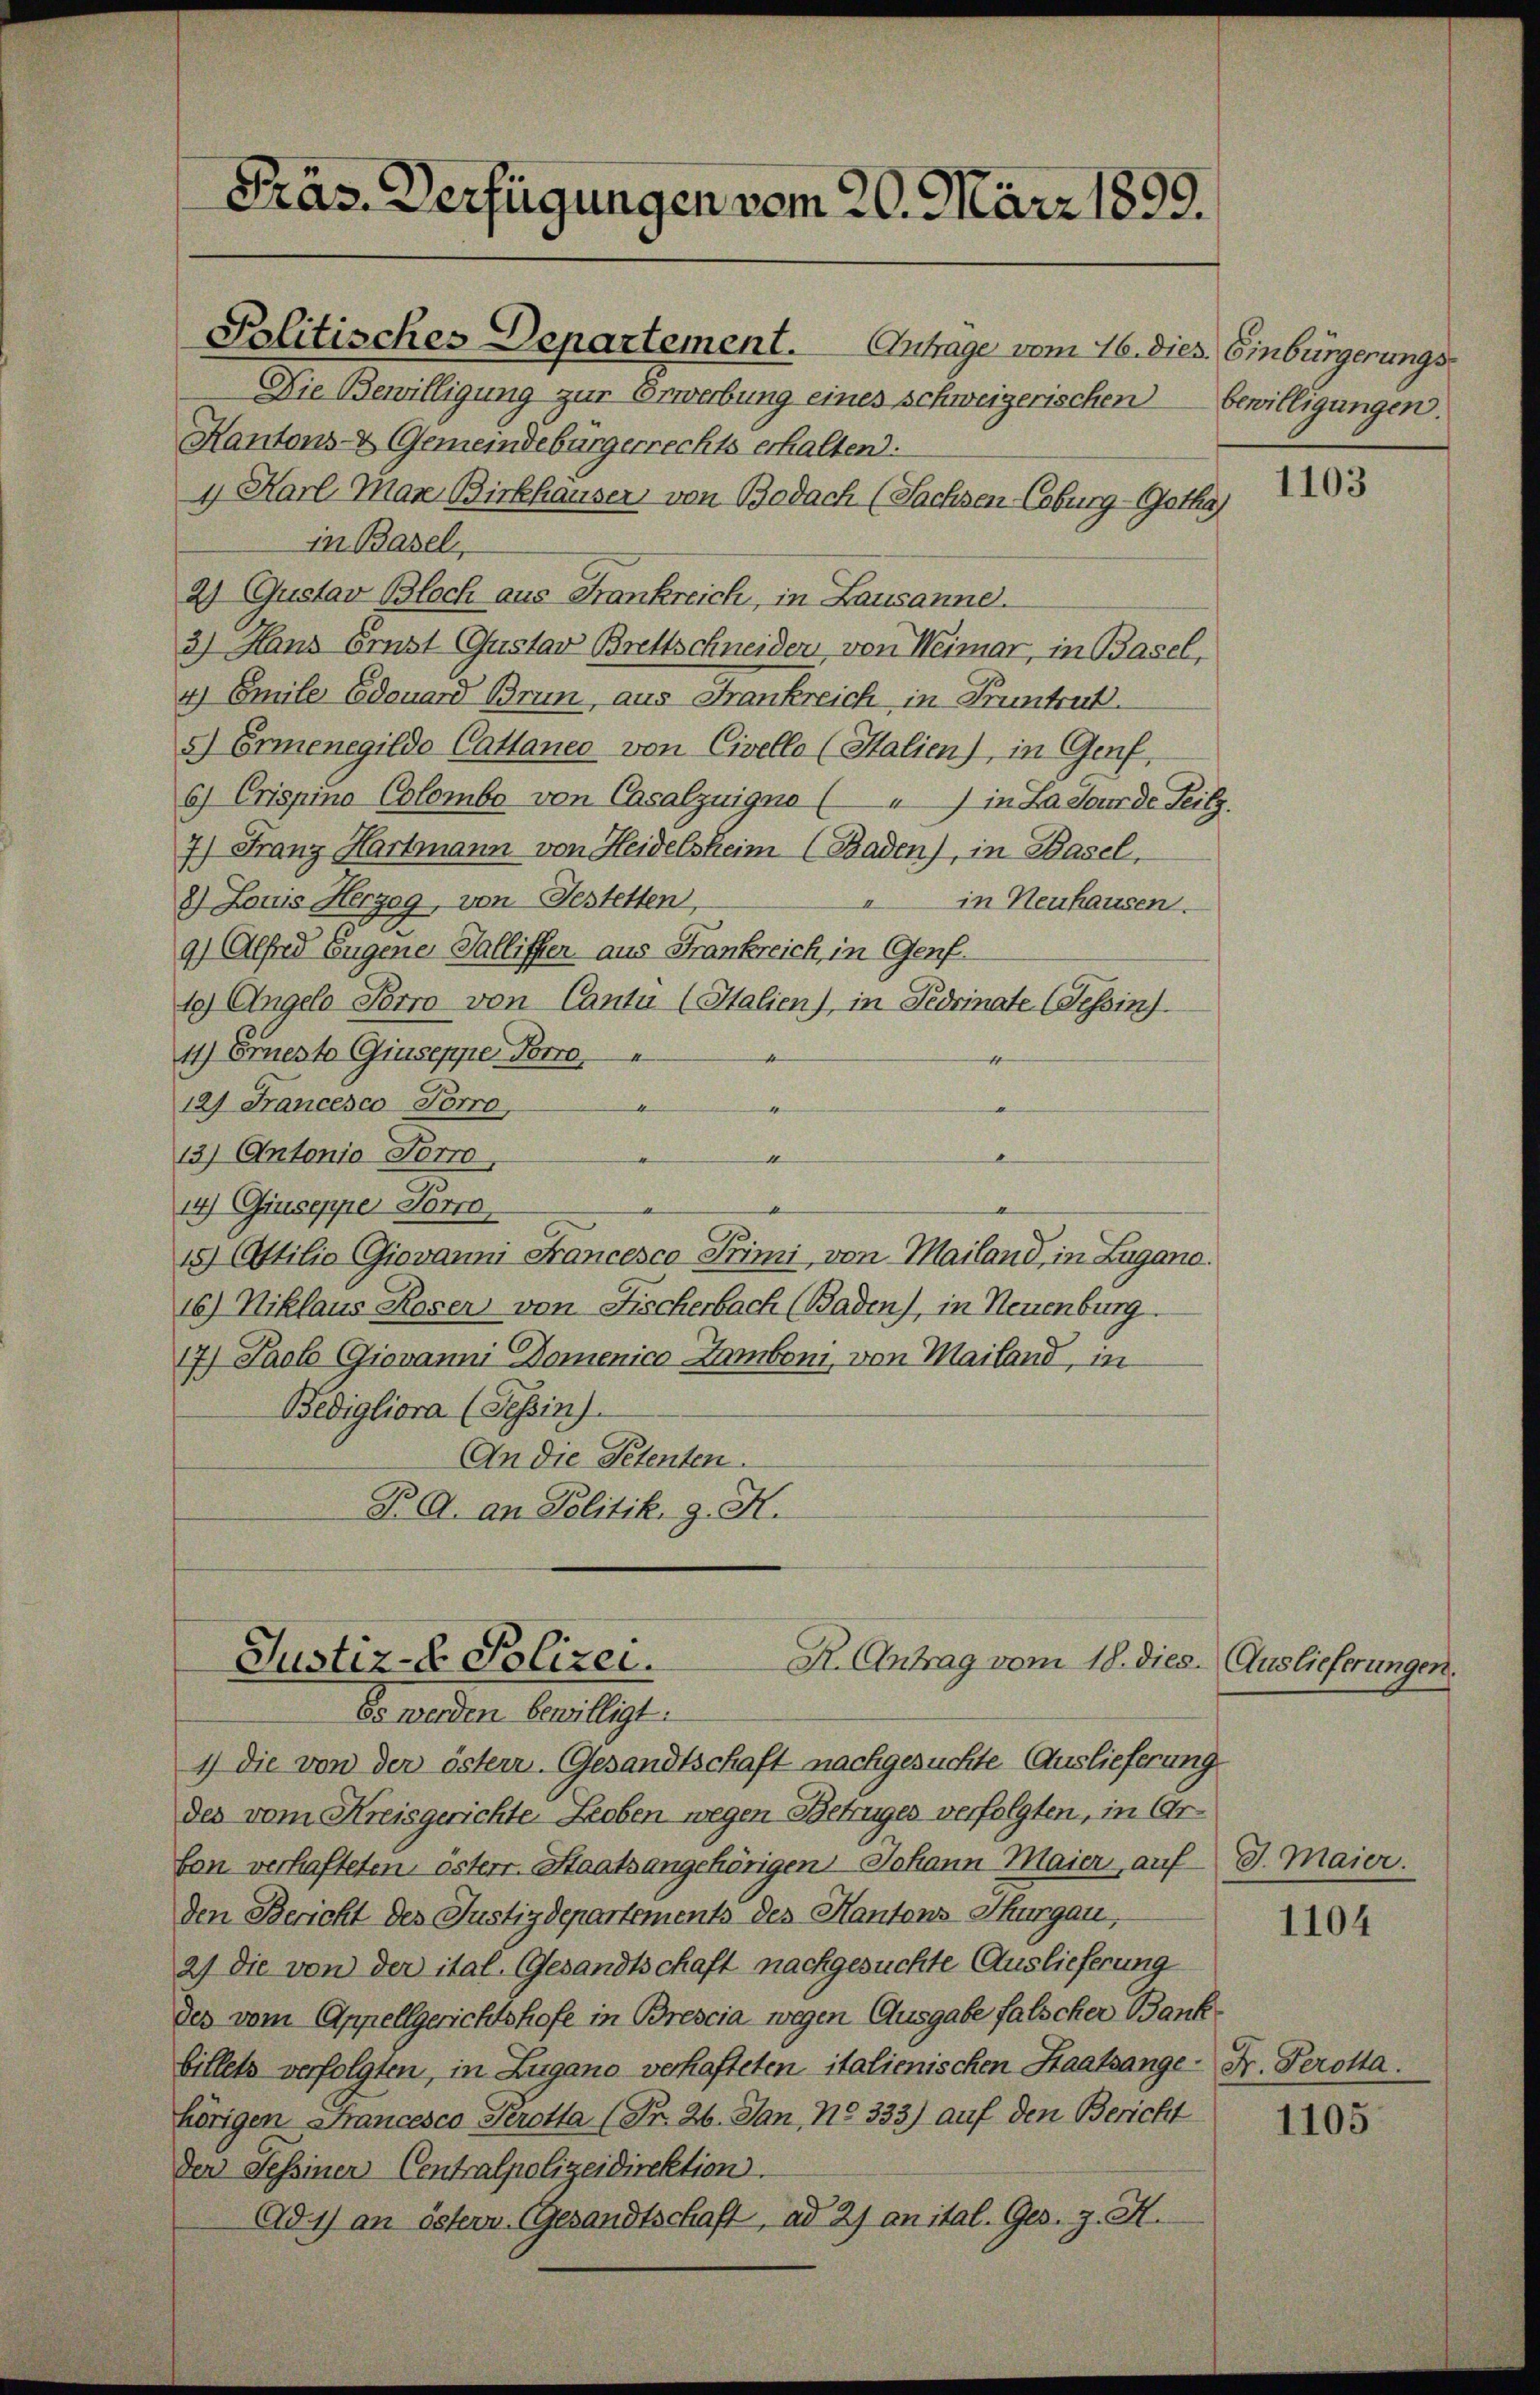
Plitisches Departement. Anträge vom 16. dies Einbürgerungs
Die Bewilligung zur Erwerbung eines schweizerischen bewilligungen.
Kantons- & Gemeindebürgerrechts erhalten.
4 Harl Man Birkhauser, von Bedach (Sachsen Coburg-Gotha
in Basel,
2) Gustav Bloch aus Frankreich, in Lausanne.
3) Hans Ernst Gustav Brettschneider von Weimar, in Basel,
4) Emile Edouard Brun, aus Frankreich in Pruntrut.
5) Ernenegildo Cattaneo von Civello (Salien), in Genf,
6) Crispina Colombe von Casalzuigno ( ) in La Jourde Teilz.
7) Franz Hartmann von Heidelsheim (Baden), in Basel,
8) Louis Herzog, von Gestetten,
 in Neuhausen.
9) Alfred Eugene Galliffen aus Frankreich, in Genf.
1) Angelo Perro von Canti (Italien), in Fedrinate (Tessin
11) Ernesto Giuseppe Perro,
12) Francesco Porro
.
13) Antonio Forro,
1
14) Giusepper Forre
15) Attilia Giovanni Francesco Trimi, von Mailand, in Lugano.
16) Niklaus Roser von Fischerbach (Baden), in Neuenburg.
17) Paol Giovanni Domenico - Tamboni, von Mailand, in
Bedigliora (Tessin).
An die Petenten.
P A. an Politik. g. K.

Präs. Verfügungen vom 20. März 1899.

R. Antrag vom 18. dies. Auslieferungen.
Justiz- & Polizei.
Es werden bewilligt.

1) die von der österr. Gesandtschaft nachgesuchte Auslieferung
des vom Kreisgerichte Leoben wegen Betruges verfolgten, in Arfon verhafteten österr. Staatsangehörigen Johann Maier, auf d. Maier.
den Bericht des Justizdepartements des Kantons Thurgau,
2) die von der ital. Gesandtschaft nachgesuchte Auslieferung
des vom Appellgerichtshofe in Brescia wegen Ausgabe falscher Bankbillets verfolgten, in Zugano verhafteten italienischen Staatsange - Fr. Perotta.
hörigen Francesco Perotta (Fr. 26. Jan, No 333) auf den Bericht
Der Sessiner Centralpolizeidirektion.
Ad 1) an östern. Gesandtschaft, ad 27 an ital. Ges. z. H.

1103

1104

1105